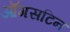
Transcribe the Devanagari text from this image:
ऑगसटिन